Sketch of the medical history of the native army of Bombay, for the year
Year: 1872
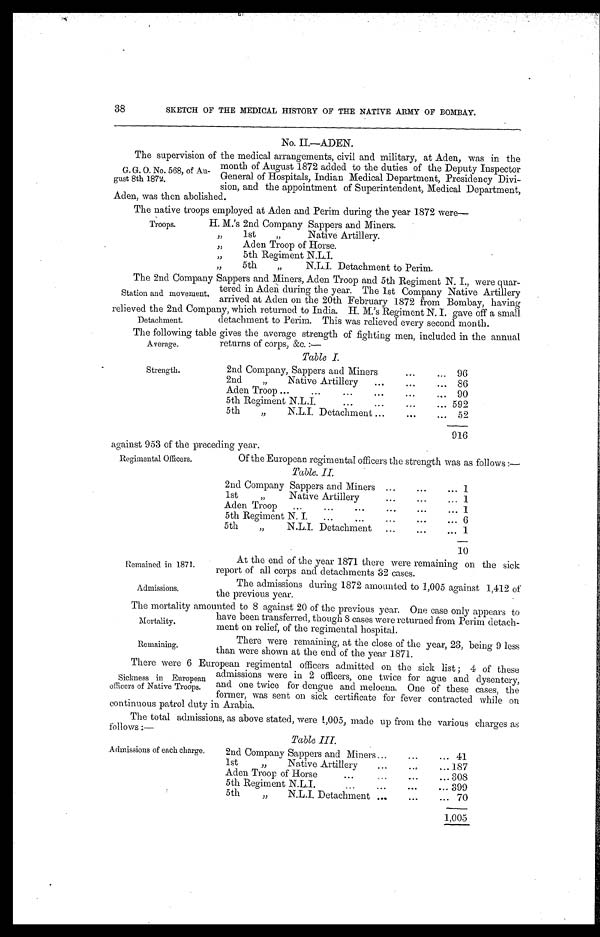
Remained in 1871.
Admissions.
SKETCH OF THE MEDICAL HISTORY OF THE NATIVE ARMY OF BOMBAY.
No. II.—ADEN.
The supervision of the medical arrangements, civil and military, at Aden, was in the
month of August 1872 added to the duties of the Deputy Inspector
General of Hospitals, Indian Medical Department, Presidency Divi
-
sion, and the appointment of Superintendent, Medical Department,
Aden, was then abolished.
The native troops employed at Aden and Perim during the year 1872 were—
38
G. G. O. No. 568, of Au
-gust 8th 1872.
Troops.
H. M.'s 2nd Company Sappers and Miners.
" 1st " Native Artillery.
" Aden Troop of Horse.
" 5th Regiment N.L.I.
" 5th " N.L.I. Detachment to Perim.
The 2nd Company Sappers and Miners, Aden Troop and 5th Regiment N. I., were quar
-
tered in Aden during the year. The 1st Company Native Artillery
arrived at Aden on the 20th February 1872 from Bombay, having
relieved the 2nd Company, which returned to India. H. M.'s Regiment N. I. gave off a small
detachment to Perim. This was relieved every second month.
The following table gives the average strength of fighting men, included in the annual
returns of corps, &c.:—
Station and movement.
Detachment.
Average.
Strength.
Table I.
2nd Company, Sappers and Miners . . . 96
2nd " Native Artillery . . . 86
A d e n T r o o p . . .
Aden Troop . . . 90
5th Regiment N.L.I. . . . 592
5th " N.L.I. Detachment . . . 52
916
against 953 of the preceding year.
Regimental Officers.
Of the European regimental officers the strength was as follows:—
Table. II.
2nd Company Sappers and Miners . . . 1
1st " Native Artillery . . . 1
Aden Troop . . . 1
5th Regiment N. I. . . . 6
5th " N.L.I. Detachment . . . 1
10
At the end of the year 1871 there were remaining on the sick
report of all corps and detachments 32 cases.
The admissions during 1872 amounted to 1,005 against 1,412 of
the previous year.
The mortality amounted to 8 against 20 of the previous year. One case only appears to
have been transferred, though 8 cases were returned from Perim detach
-
ment on relief, of the regimental hospital.
Mortality.
Remaining.
There were remaining, at the close of the year, 23, being 9 less
than were shown at the end of the year 1871.
There were 6 European regimental officers admitted on the sick list; 4 of these
admissions were in 2 officers, one twice for ague and dysentery,
and one twice for dengue and meloena. One of these cases, the
former, was sent on sick certificate for fever contracted while on
continuous patrol duty in Arabia.
The total admissions, as above stated, were 1,005, made up from the various charges as
follows:—
Sickness in European
officers of Native Troops.
Admissions of each charge.
Table III.
2nd Company Sappers and Miners . . . 41
1st " Native Artillery . . . 187
Aden Troop of Horse . . . 308
5th Regiment N.L.I. . . . 399
5th " N.L.I. Detachment . . .
70
1,005